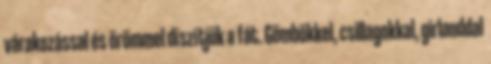
várakozással és örömmel díszítjük a fát. Gömbökkel, csillagokkal, girlanddal